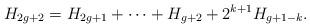
LaTeX: \begin{align*} H_{2g+2}=H_{2g+1}+\dots+H_{g+2}+ 2^{k+1}H_{g+1-k}. \end{align*}